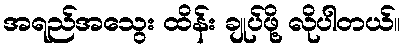
အရည်အသွေး ထိန်း ချုပ်ဖို့ လိုပါတယ်။